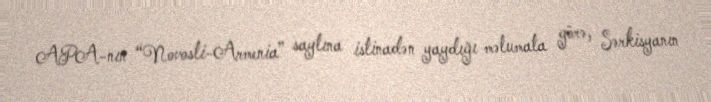
APA-nın “Novosti-Armenia” saytına istinadən yaydığı məlumata görə, Sərkisyanın